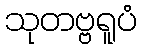
သုတဗ္ဗရူပံ